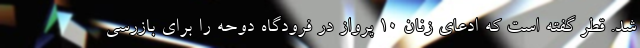
شد. قطر گفته است که ادعای زنان 10 پرواز در فرودگاه دوحه را برای بازرسی